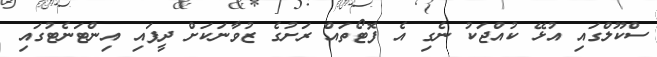
ސްކޫލްގައި އުޅޭ ކުއްޖަކު ނެގި އެ ފޮޓޯތައް ރަށުގެ ޒުވާނަކަށް ދީފައި އިންޓަނެޓުގައި